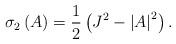
LaTeX: \begin{align*}\sigma _{2}\left( A\right) =\frac{1}{2}\left( J^{2}-\left\vert A\right\vert^{2}\right) . \end{align*}